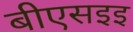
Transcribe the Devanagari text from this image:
बीएसइइ